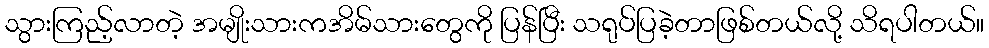
သွားကြည့်လာတဲ့ အမျိုးသားကအိမ်သားတွေကို ပြန်ပြီး သရုပ်ပြခဲ့တာဖြစ်တယ်လို့ သိရပါတယ်။